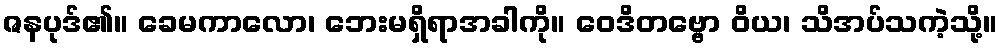
ဇနပုဒ်၏။ ခေမကာလော၊ ဘေးမရှိရာအခါကို။ ဝေဒိတဗ္ဗော ဝိယ၊ သိအပ်သကဲ့သို့။